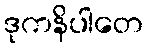
ဒုကနိပါတေ